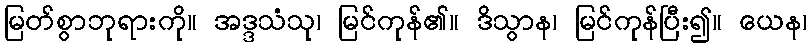
မြတ်စွာဘုရားကို။ အဒ္ဒသံသု၊ မြင်ကုန်၏။ ဒိသွာန၊ မြင်ကုန်ပြီး၍။ ယေန၊